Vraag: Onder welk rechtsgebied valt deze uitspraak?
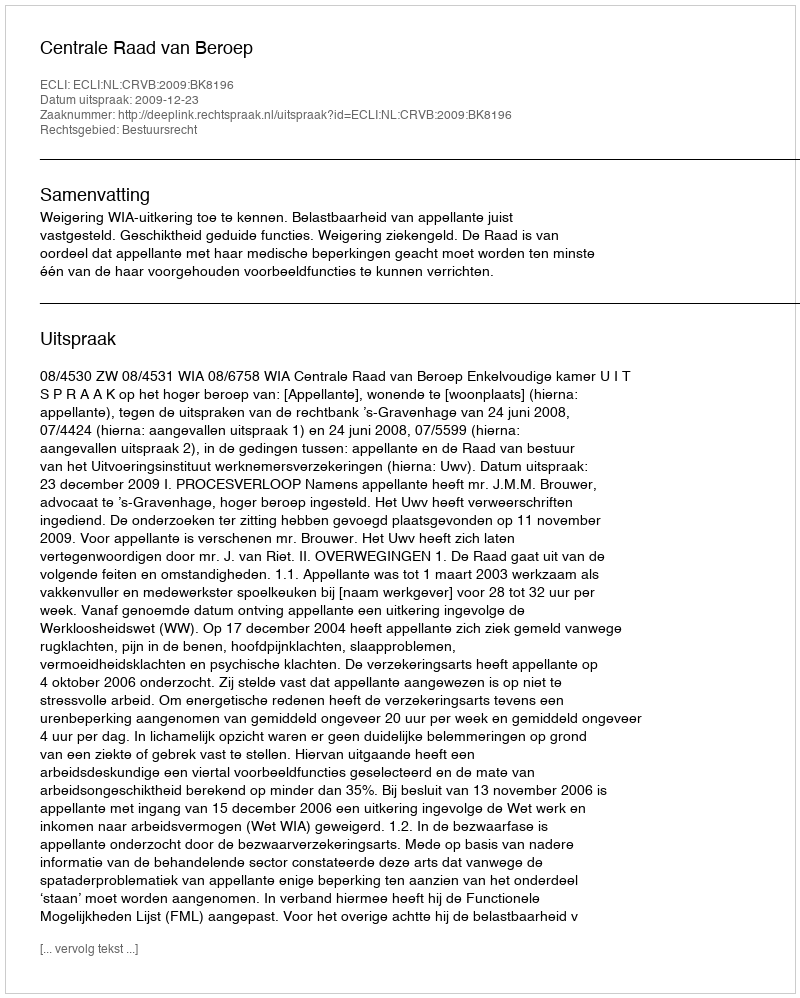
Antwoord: Bestuursrecht